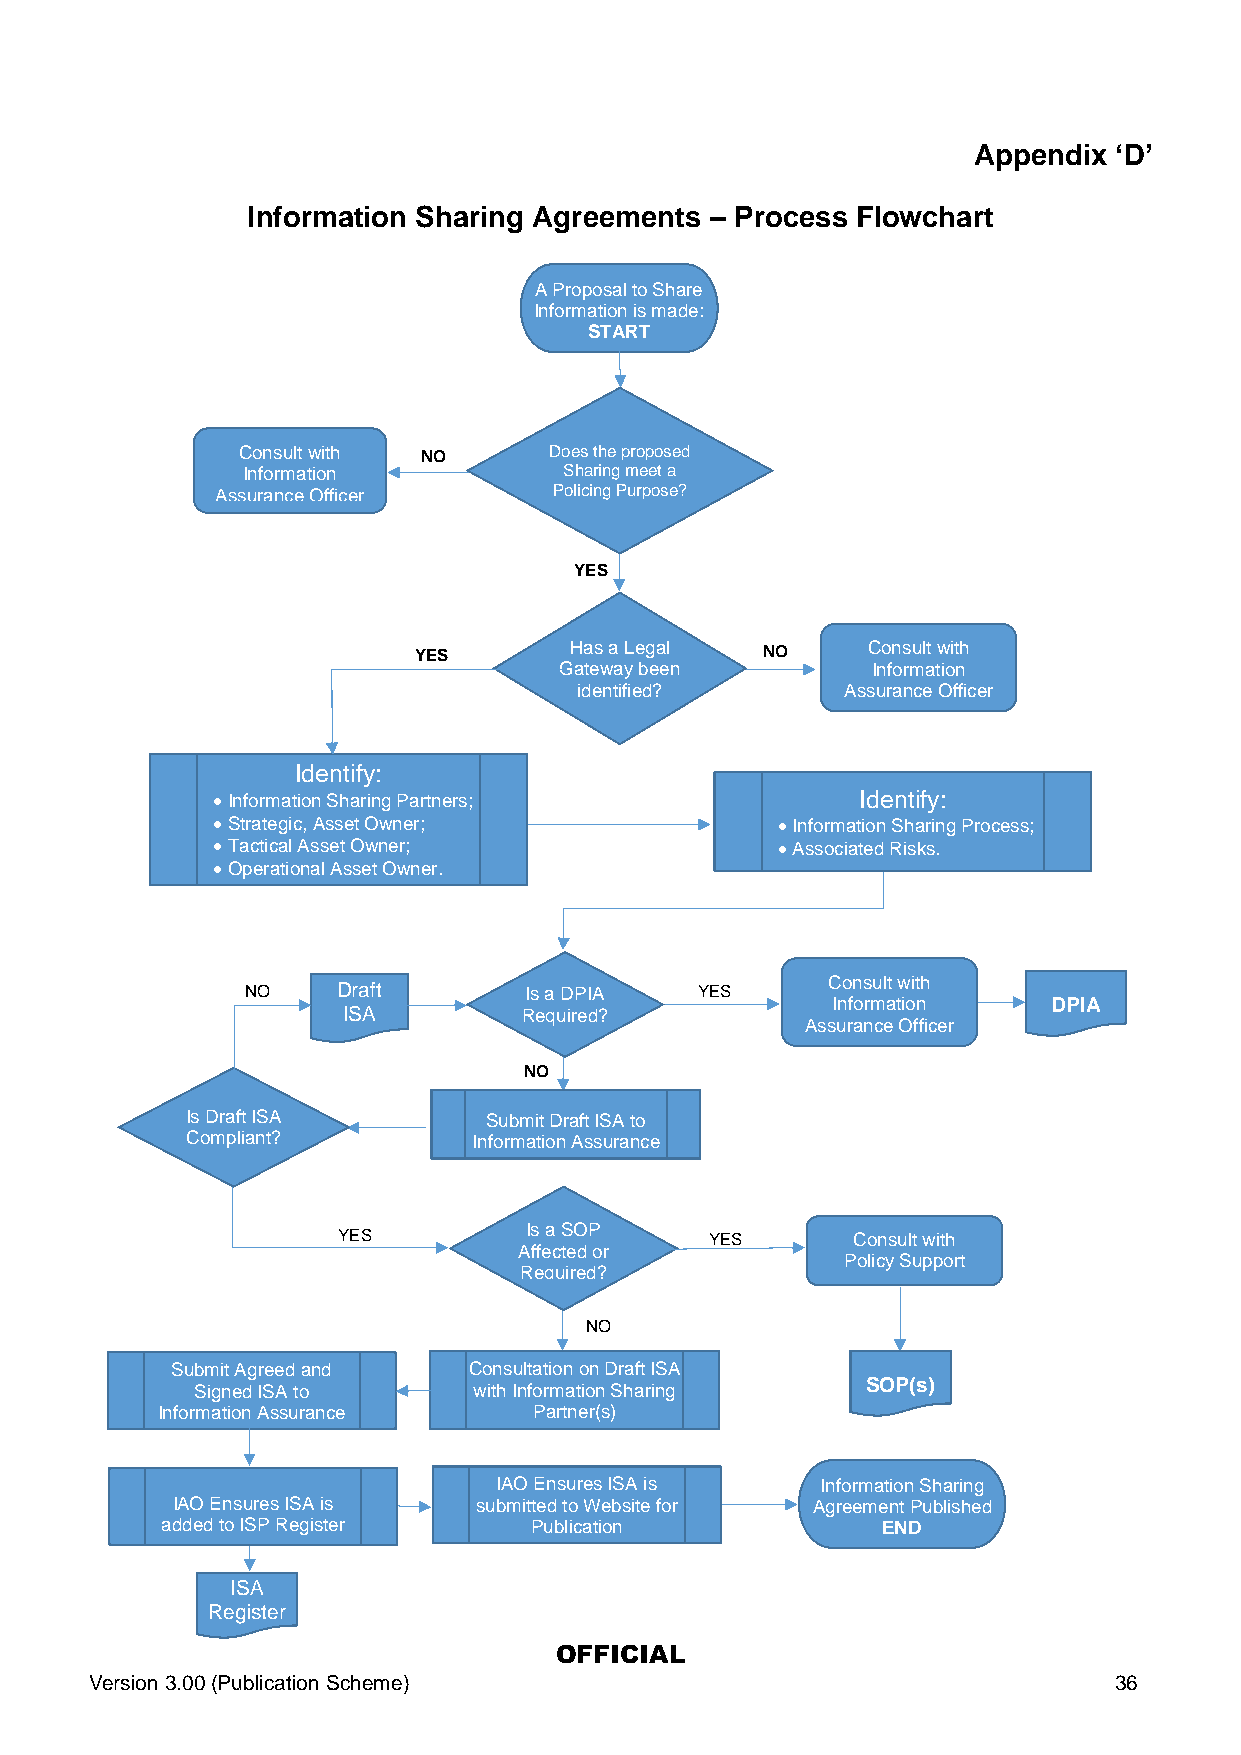
Appendix  ‘D’
 Information Sharing Agreements – Process Flowchart
 A Proposal to Share
 Information is made:
 STA RT
 Consult with NO     Does the proposed
 Information          Sharing meet a
 Assurance Officer      Policing Purpose?
 YES
 YES        Has a Legal NO     Consult with
 Gateway been         Information
 identified?       Assurance Officer
 Identify:
 Information Sharing Partners;             Identify:
 Strategic, Asset Owner;             Information Sharing Process;
 Tactical Asset Owner;               Associated Risks.
 Operational Asset Owner.
 NO    Draft        Is a DPIA  YES
 Consult with
 Information    DPIA
 ISA         Required?
 Assurance Officer
 NO
 Is Draft ISA        Submit Draft ISA to
 Compliant?         Information Assurance
 YES          Is a SOP    YES      Consult with
 Affected or
 Policy Support
 Required?
 NO
 Submit Agreed and   Consultation on Draft ISA
 Signed ISA to     with Information Sharing  SOP(s)
 Information Assurance    Partner(s)
 IAO Ensures ISA is   Information Sharing
 IAO Ensures ISA is  submitted to Website for Agreement Published
 added to ISP Register   Publication            END
 ISA
 Register
 OFFICIAL
 Version 3.00 (Publication Scheme)                                   36